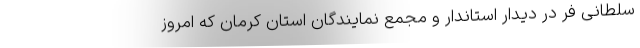
سلطانی فر در دیدار استاندار و مجمع نمایندگان استان کرمان که امروز